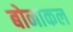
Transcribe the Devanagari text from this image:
बोनाकल